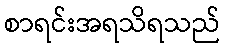
စာရင်းအရသိရသည်